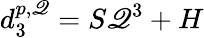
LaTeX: d_{3}^{p,\mathscr{Q}}=S\mathscr{Q}^{3}+H